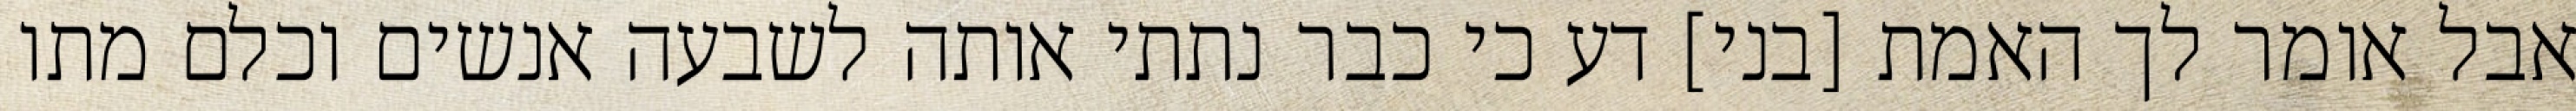
אבל אומר לך האמת [בני] דע כי כבר נתתי אותה לשבעה אנשים וכלם מתו